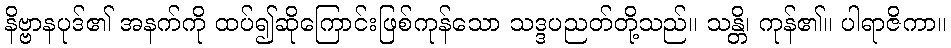
နိဗ္ဗာနပုဒ်၏ အနက်ကို ထပ်၍ဆိုကြောင်းဖြစ်ကုန်သော သဒ္ဒပညတ်တို့သည်။ သန္တိ၊ ကုန်၏။ ပါရာဇိကာ။